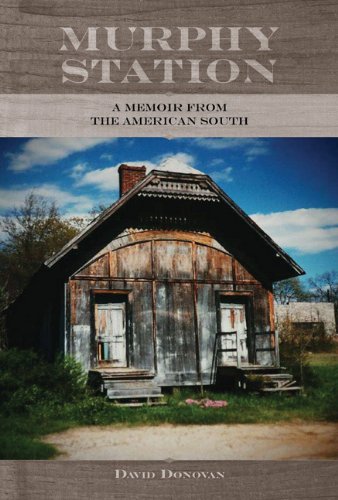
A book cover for Murphy Station: A Memoir from the American South; David Donovan; Humor & Entertainment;